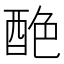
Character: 𨠶